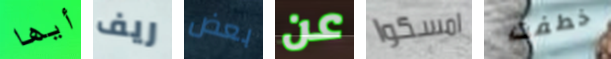
أيها ريف بعض عن امسكوا خطفت